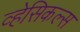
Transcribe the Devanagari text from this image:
व्हेसिकल्स